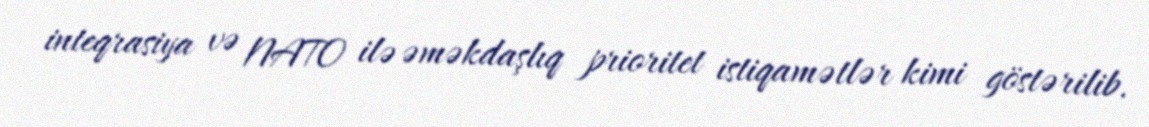
inteqrasiya və NATO ilə əməkdaşlıq prioritet istiqamətlər kimi göstərilib.